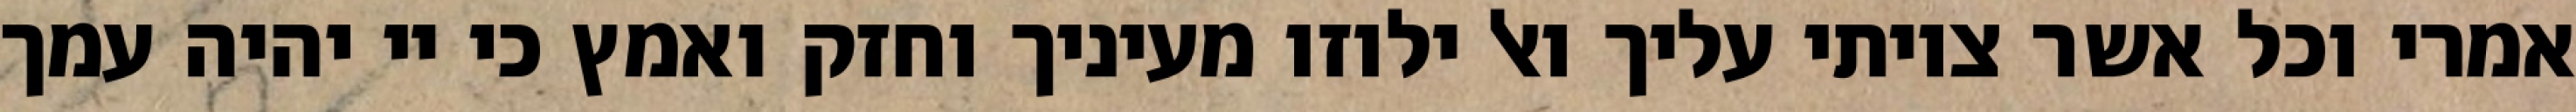
אמרי וכל אשר צויתי עליך ואל ילוזו מעיניך וחזק ואמץ כי יי יהיה עמך